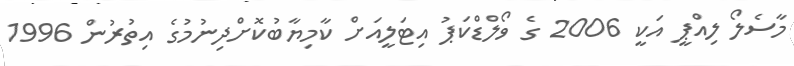
މާސެލޯ ލިއްޕީ އަކީ 2006 ގެ ވޯލްޑްކަޕު އިޓަލީއަށް ކާމިޔާބުކޮށްދިނުމުގެ އިތުރުން 1996